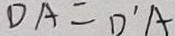
D A = D ^ { \prime } A